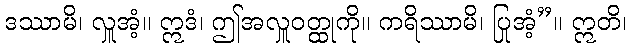
ဒဿာမိ၊ လှူအံ့။ ဣဒံ၊ ဤအလှူဝတ္ထုကို။ ကရိဿာမိ၊ ပြုအံ့”။ ဣတိ၊